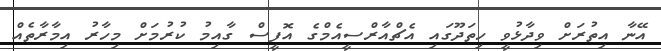
އޭނާ އިތުރަށް ވިދާޅުވީ ހިތަދޫގައި އެޗްއާރްސީއެމްގެ އޮފީސް ގާއިމު ކުރުމަށް މިހާރު އިމާރާތެއް